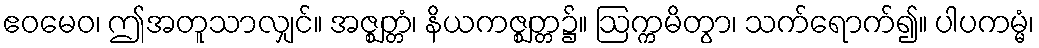
ဧဝမေဝ၊ ဤအတူသာလျှင်။ အဇ္ဈတ္တံ၊ နိယကဇ္ဈတ္တ၌။ ဩက္ကမိတွာ၊ သက်ရောက်၍။ ပါပကမ္မံ၊